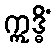
ဣဒ္ဓိံ